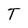
Character: T